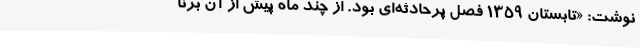
نوشت: «تابستان 1359 فصل پرحادثه‌ای بود. از چند ماه پیش از آن برنا